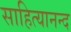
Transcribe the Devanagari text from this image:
साहित्यानन्द